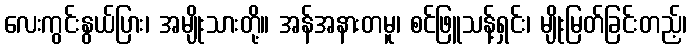
လေးကွင်းနွယ်ပြား၊ အမျိုးသားတို့။ အန်အနားတမူ၊ စင်ဖြူသန့်ရှင်း၊ မျိုးမြတ်ခြင်းတည့်၊